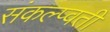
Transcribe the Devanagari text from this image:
संकल्प्वती